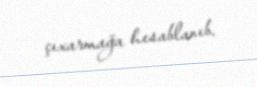
çıxarmağa hesablanıb.